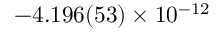
- 4 . 1 9 6 ( 5 3 ) \times 1 0 ^ { - 1 2 }